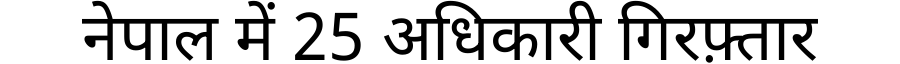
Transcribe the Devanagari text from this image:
नेपाल में 25 अधिकारी गिरफ़्तार